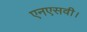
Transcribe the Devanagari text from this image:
एनएसवी।